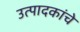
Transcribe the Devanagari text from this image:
उत्पादकांचे